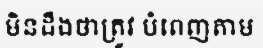
មិនដឹងថាត្រូវ បំពេញតាម